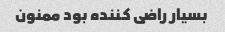
بسیار راضی کننده بود ممنون